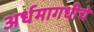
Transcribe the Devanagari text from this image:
अर्धमागधीचे